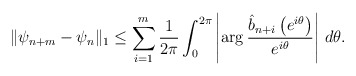
\begin{align*} \|\psi_{n+m} - \psi_n\|_1 \leq \sum_{i=1}^m\frac{1}{2\pi}\int_0^{2\pi}\left|\arg\frac{\hat{b}_{n+i}\left(e^{i\theta}\right)}{e^{i\theta}}\right|\,d\theta.\end{align*}